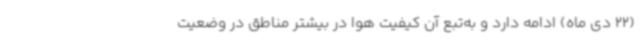
(22 دی ماه) ادامه دارد و به‌تبع آن کیفیت هوا در بیشتر مناطق در وضعیت